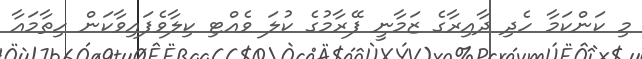
މި ކަންކަމާ ހެދި ދާއިރާގެ ޒަމާނީ ފޭރާމުގެ ކުލަ ވެއްޓި ކިލާވެފައިވާކަން ހިތާމައާ